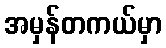
အမှန်တကယ်မှာ